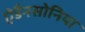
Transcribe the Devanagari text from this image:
ऐडैनसोनिया